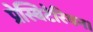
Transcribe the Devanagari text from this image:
प्रेस्बिटेरियन।